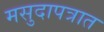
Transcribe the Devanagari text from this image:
मसुदापत्रात